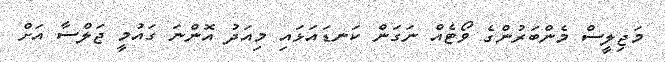
މަޖިލީސް މެންބަރުންގެ ވޯޓެއް ނަގަން ކަނޑައަޅައި މިއަދު އޮންނަ ގައުމީ ޖަލްސާ އަށް